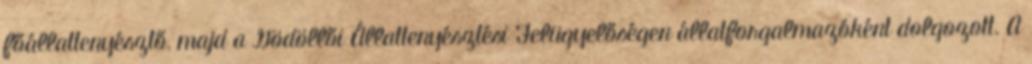
főállattenyésztő, majd a Gödöllői Állattenyésztési Felügyelőségen állatforgalmazóként dolgozott. A